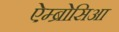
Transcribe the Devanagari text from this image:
ऐम्ब्रोसिआ